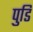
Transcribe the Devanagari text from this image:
पुडि